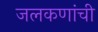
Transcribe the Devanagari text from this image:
जलकणांची